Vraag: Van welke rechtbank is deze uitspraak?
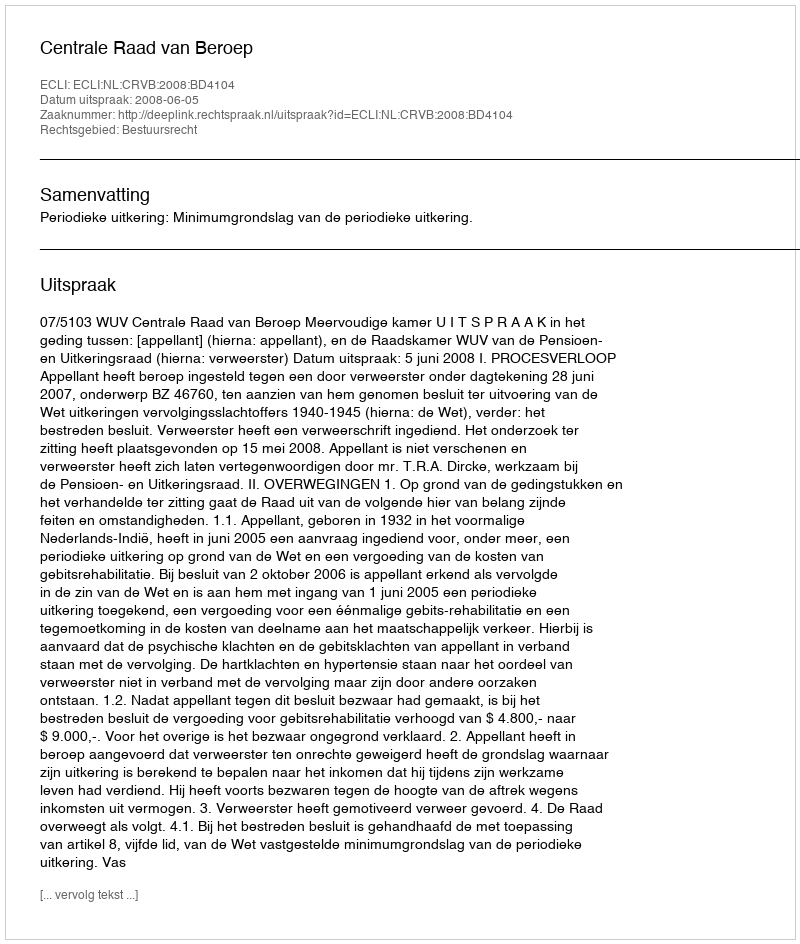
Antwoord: Centrale Raad van Beroep